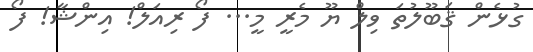
ގުޅެން ޤަބޫލުތަ ވިލް ޔޫ މެރީ މީ... ފޯ ރިއަލް! އިންޝާ! ފޯ